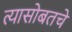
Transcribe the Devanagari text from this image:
त्यासोबतचे